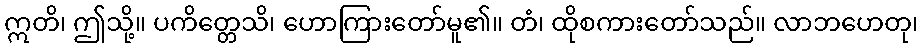
ဣတိ၊ ဤသို့။ ပကိတ္တေသိ၊ ဟောကြားတော်မူ၏။ တံ၊ ထိုစကားတော်သည်။ လာဘဟေတု၊